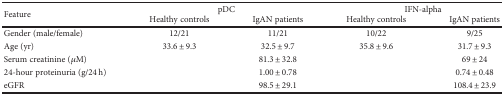
| <ROWSPAN=2> Feature | <COLSPAN=2> pDC | <COLSPAN=2> IFN-alpha |
 | Healthy controls | IgAN patients | Healthy controls | IgAN patients |
 | --- | --- | --- | --- | --- |
 | Gender (male/female) | 12/21 | 11/21 | 10/22 | 9/25 |
 | Age (yr) | 33.6 ± 9.3 | 32.5 ± 9.7 | 35.8 ± 9.6 | 31.7 ± 9.3 |
 | Serum creatinine (μM) |  | 81.3 ± 32.8 |  | 69 ± 24 |
 | 24-hour proteinuria (g/24 h) |  | 1.00 ± 0.78 |  | 0.74 ± 0.48 |
 | eGFR |  | 98.5 ± 29.1 |  | 108.4 ± 23.9 |